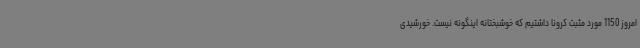
امروز 1150 مورد مثبت کرونا داشتیم که خوشبختانه اینگونه نیست. خورشیدی